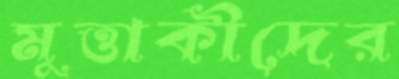
মুত্তাকীদের